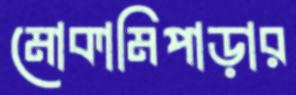
মোকামিপাড়ার